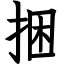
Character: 捆